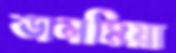
ডালমিয়া